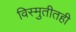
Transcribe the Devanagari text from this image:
विस्मुतीतही